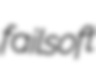
failsoft